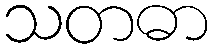
သတဓာ